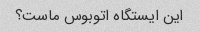
این ایستگاه اتوبوس ماست؟